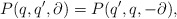
\begin{align*}P(q,q',\partial)=P(q',q,-\partial),\end{align*}